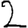
Digit: 2